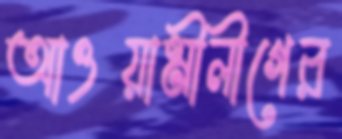
আওয়ামীলীগের